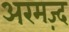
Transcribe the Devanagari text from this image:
अरमज़्द